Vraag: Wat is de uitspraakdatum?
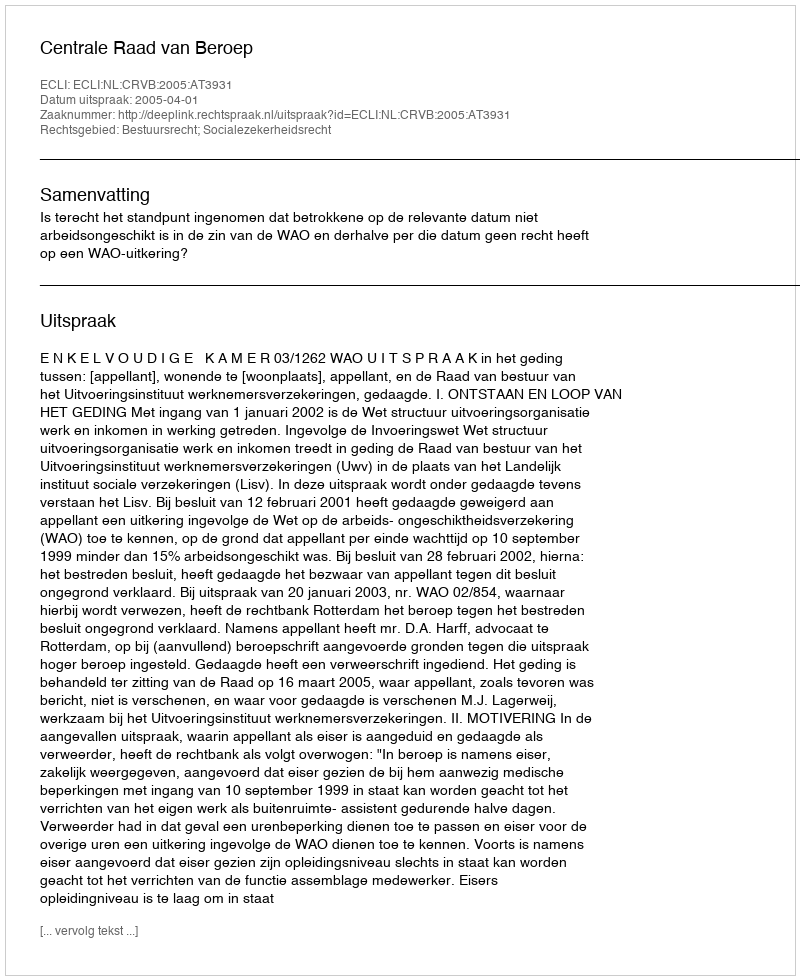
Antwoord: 2005-04-01